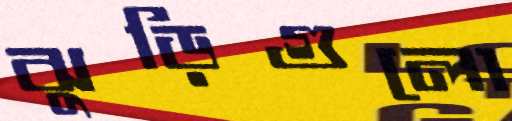
ঝুড়িগুলো